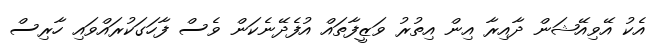
އެކު އޭވިއޭޝަން ދާއިރާ އިން އިތުރު ވަޒީފާތައް އުފެދޭނެކަން ވެސް ފާހަގަކުރައްވައި ހާރިސް